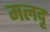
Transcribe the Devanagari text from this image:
मलदृ